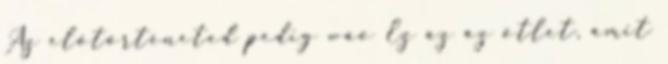
Az előtörténeted pedig wáo Ez az az ötlet, amit